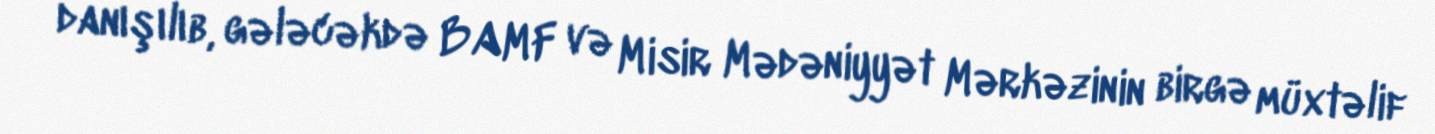
danışılıb, gələcəkdə BAMF və Misir Mədəniyyət Mərkəzinin birgə müxtəlif